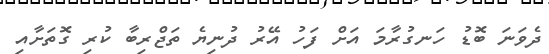
ދެވަނަ ބޮޑު ހަނގުރާމަ އަށް ފަހު އޭރު ދުނިޔެ ތަޖްރިބާ ކުރި ގޮތަށާއި